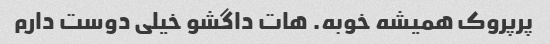
پرپروک همیشه خوبه. هات داگشو خیلی دوست دارم